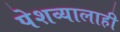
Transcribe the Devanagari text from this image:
पेशव्यालाही